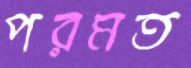
পরমত